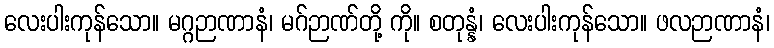
လေးပါးကုန်သော။ မဂ္ဂဉာဏာနံ၊ မဂ်ဉာဏ်တို့ ကို။ စတုန္နံ၊ လေးပါးကုန်သော။ ဖလဉာဏာနံ၊